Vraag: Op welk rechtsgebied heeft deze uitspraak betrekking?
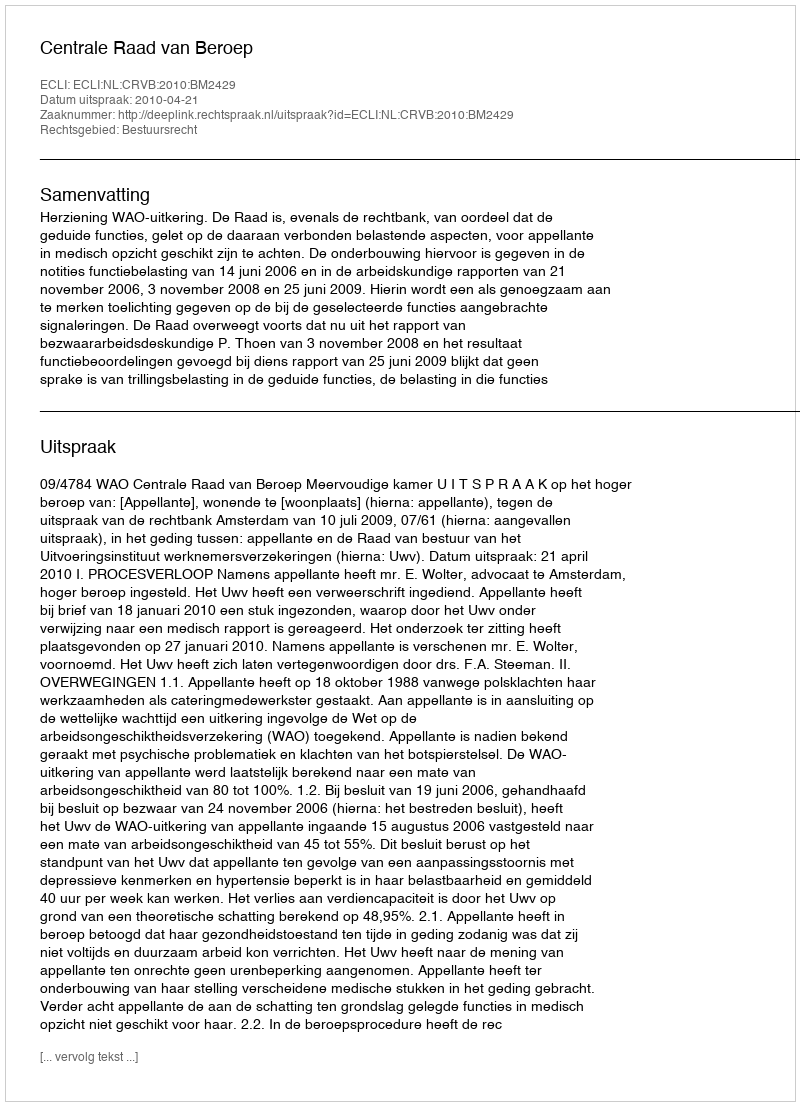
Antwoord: Bestuursrecht